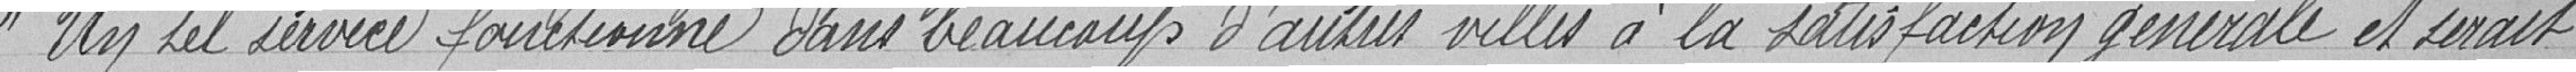
Un tel service fonctionne dans beaucoup d'autres villes à la satisfaction générale et serait